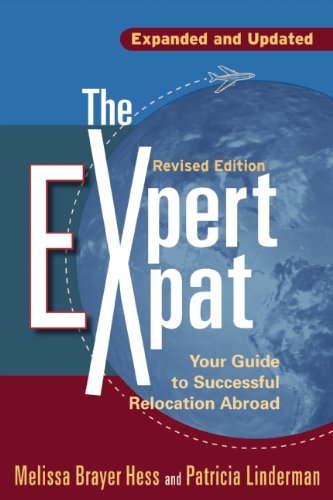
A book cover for The Expert Expat: Your Guide to Successful Relocation Abroad; Melissa Brayer Hess; Travel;